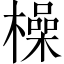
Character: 橾